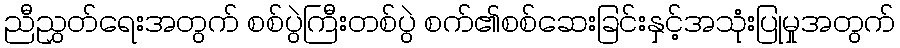
ညီညွှတ်ရေးအတွက် စစ်ပွဲကြီးတစ်ပွဲ စက်၏စစ်ဆေးခြင်းနှင့်အသုံးပြုမှုအတွက်